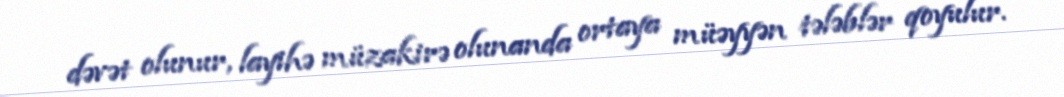
dəvət olunur, layihə müzakirə olunanda ortaya müəyyən tələblər qoyulur.